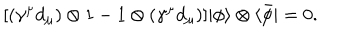
LaTeX: \lbrack ( \gamma ^ { \mu } { d } _ { \mu } ) \otimes 1 - 1 \otimes ( \gamma ^ { \mu } { d } _ { \mu } ) ] | \phi \rangle \otimes \langle \bar { \phi } | = 0 .